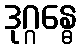
ဒုဂ္ဂန္ဓေ